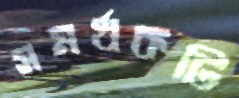
সমর্থকটি